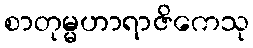
စာတုမ္မဟာရာဇိကေသု